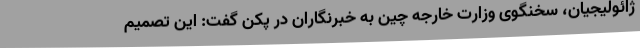
ژائولیجیان، سخنگوی وزارت خارجه چین به خبرنگاران در پکن گفت: این تصمیم